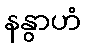
နနွာဟံ